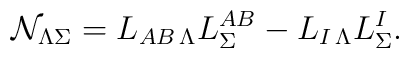
{\cal N}_{\Lambda\Sigma}=L_{AB\,\Lambda}L^{AB}_{\Sigma}-L_{I\,\Lambda}L^I_{\Sigma}.